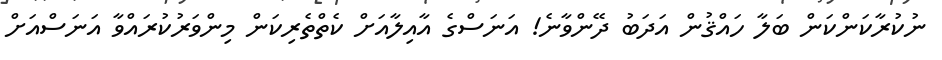
ނުކުރާކަންކަން ބަލާ ހައްޤުން އަދަބު ދޭންވާނެ! އަނަސްގެ އާއިލާއަށް ކެތްތެރިކަން މިންވަރުކުރައްވާ އަނަސްއަށް